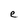
Character: e